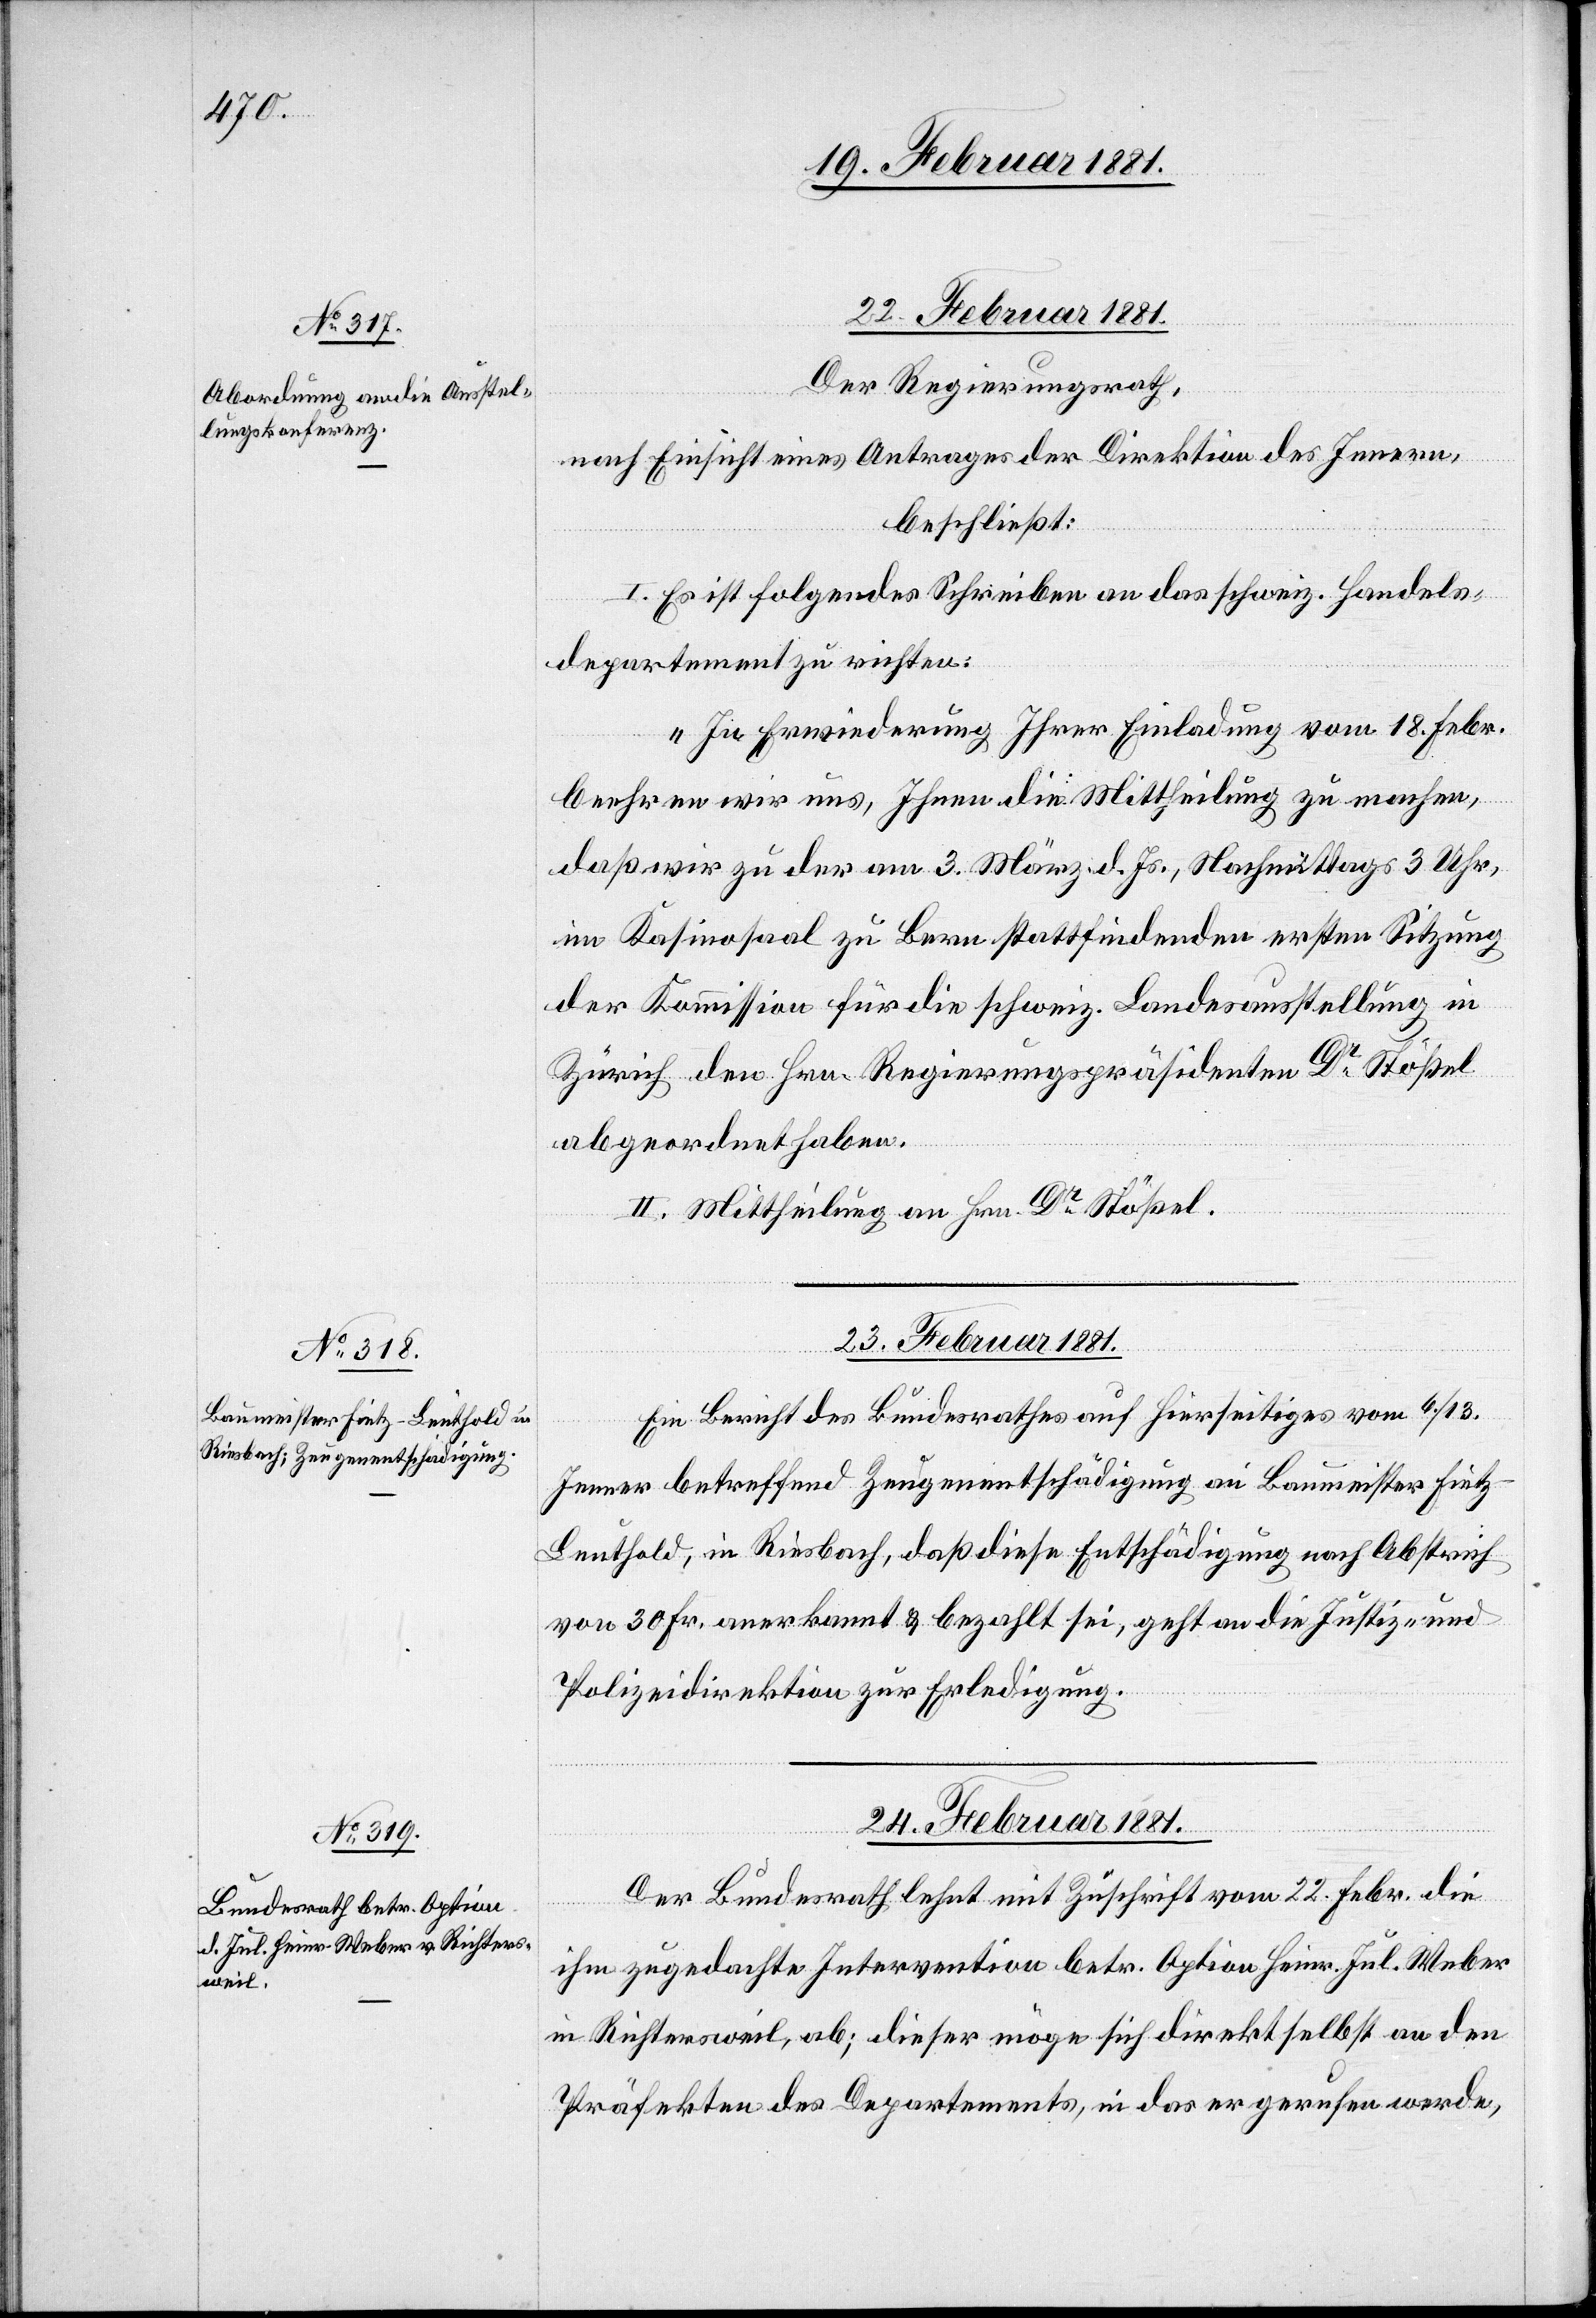
22. Februar 1881.
Der Regierungsrath,
nach Einsicht eines Antrages der Direktion des Innern,
beschließt:
I. Es ist folgendes Schreiben an das schweiz. Handels¬
departement zu richten:
„In Erwiederung Ihrer Einladung vom 18. Febr.
beehren wir uns, Ihnen die Mittheilung zu machen,
daß wir zu der am 3. März d. Js., Nachmittags 3 Uhr,
im Kasinosaal zu Bern stattfindenden ersten Sitzung
der Kommission für die schweiz. Landesausstellung in
Zürich den Hrn. Regierungspräsidenten Dr Stößel
abgeordnet haben.“
II. Mittheilung an Hrn. Dr Stößel.
23. Februar 1881.
Ein Bericht des Bundesrathes auf hierseitiges vom 6./13.
Jenner betreffend Zeugenentschädigung an Baumeister Frit¬
z-Leuthold, in Riesbach, daß diese Entschädigung nach Abstrich
von 30 Fr. anerkannt & bezahlt sei, geht an die Justiz- und
Polizeidirektion zur Erledigung.
24. Februar 1881.
Der Bundesrath lehnt mit Zuschrift vom 22. Febr. die
ihm zugedachte Intervention betr. Option Heinr. Jul. Weber
in Richtersweil, ab; dieser möge sich direkt selbst an den
Präfekten des Departements, in das er gerufen werde,